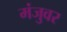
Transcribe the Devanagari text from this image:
मंजुवर